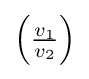
\left({\tfrac {v_{1}}{v_{2}}}\right)